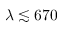
\lambda \lesssim 6 7 0